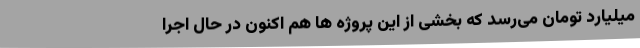
میلیارد تومان می‌رسد که بخشی از این پروژه ها هم اکنون در حال اجرا